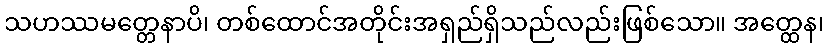
သဟဿမတ္တေနာပိ၊ တစ်ထောင်အတိုင်းအရှည်ရှိသည်လည်းဖြစ်သော။ အတ္ထေန၊